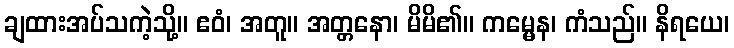
ချထားအပ်သကဲ့သို့။ ဧဝံ၊ အတူ။ အတ္တနော၊ မိမိ၏။ ကမ္မေန၊ ကံသည်။ နိရယေ၊